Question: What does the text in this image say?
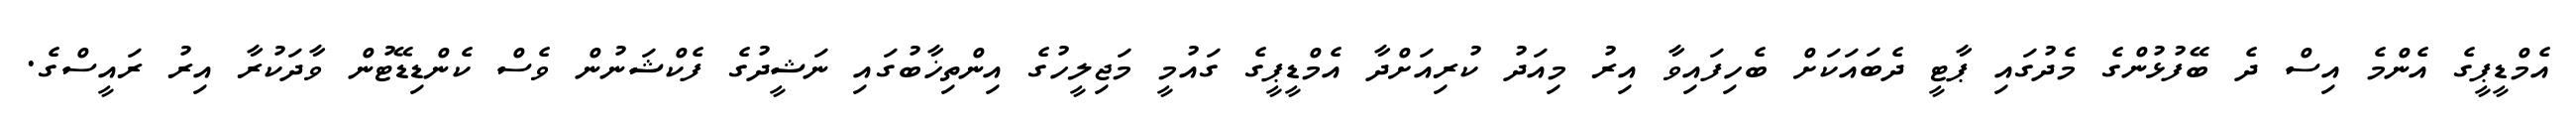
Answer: އެމްޑީޕީގެ އެންމެ އިސް ދެ ބޭފުޅުންގެ މެދުގައި ޕާޓީ ދެބައަކަށް ބެހިފައިވާ އިރު މިއަދު ކުރިއަށްދާ އެމްޑީޕީގެ ގައުމީ މަޖިލީހުގެ އިންތިޚާބުގައި ނަޝީދުގެ ފެކްޝަނުން ވެސް ކެންޑިޑޭޓުން ވާދަކުރާ އިރު ރައީސްގެ.